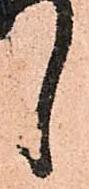
候